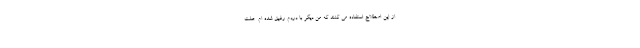
از این اصطلاح استفاده می کنند که من دیگر با دردم رفیق شده ام. علت